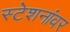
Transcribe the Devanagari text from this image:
स्टेशनांवर